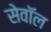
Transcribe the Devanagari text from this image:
सेवॉल